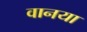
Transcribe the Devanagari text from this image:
वानया